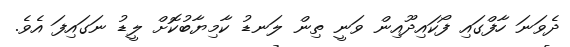
ދެވަނަ ހާފްގައި ފޯކައިދޫއިން ވަނީ ތިން ލަނޑު ކާމިޔާބުކޮށް ލީޑު ނަގައިފަ އެވެ.